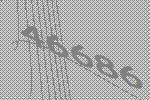
46686